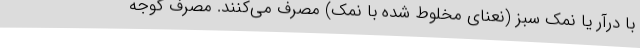
با درآر یا نمک سبز (نعنای مخلوط شده با نمک) مصرف می‌کنند. مصرف گوجه